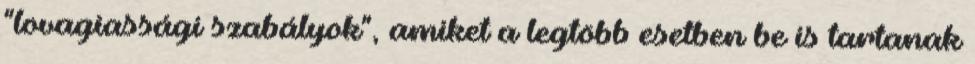
"lovagiassági szabályok", amiket a legtöbb esetben be is tartanak